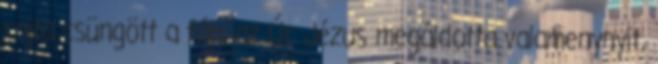
rajta csüngött a fán, az Úr Jézus megáldotta valamenynyit,